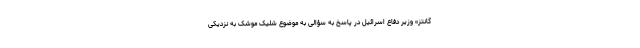
گانتز» وزیر دفاع اسرائیل در پاسخ به سؤالی به موضوع شلیک موشک به نزدیکی